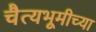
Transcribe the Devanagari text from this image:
चैत्यभूमीच्या